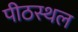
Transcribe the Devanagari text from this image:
पीठस्थल